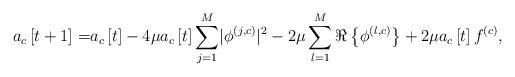
LaTeX: \begin{align*}a_c\left[t+1\right]=&a_c\left[t\right]-4\mu a_c\left[t\right]\sum_{j=1}^{M}\lvert\phi^{\left(j,c\right)}\rvert^2-2\mu\sum_{l=1}^{M}\Re\left\{\phi^{\left(l,c\right)}\right\}+2\mu a_c\left[t\right]f^{\left(c\right)}, \end{align*}